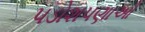
પડોશપણાઓ